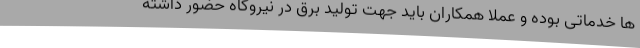
ها خدماتی بوده و عملا همکاران باید جهت تولید برق در نیروگاه حضور داشته